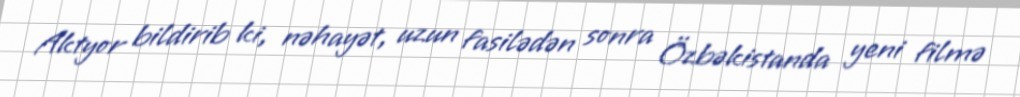
Aktyor bildirib ki, nəhayət, uzun fasilədən sonra Özbəkistanda yeni filmə